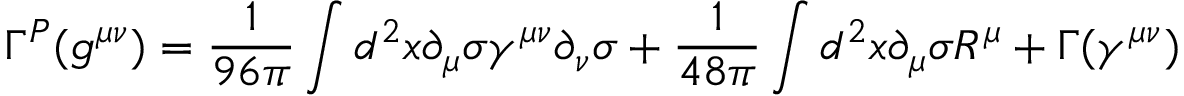
\Gamma ^ { P } ( g ^ { \mu \nu } ) = \frac { 1 } { 9 6 \pi } \int d ^ { 2 } x \partial _ { \mu } \sigma \gamma ^ { \mu \nu } \partial _ { \nu } \sigma + \frac { 1 } { 4 8 \pi } \int d ^ { 2 } x \partial _ { \mu } \sigma { \cal R } ^ { \mu } + \Gamma ( \gamma ^ { \mu \nu } )